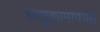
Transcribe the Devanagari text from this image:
धातुकामापर्यंत